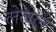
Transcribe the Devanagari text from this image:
लेलेले